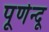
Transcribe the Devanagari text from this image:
पूर्णेन्दू